Indian journal of veterinary science and animal husbandry - Volume 13,
Year: 1943
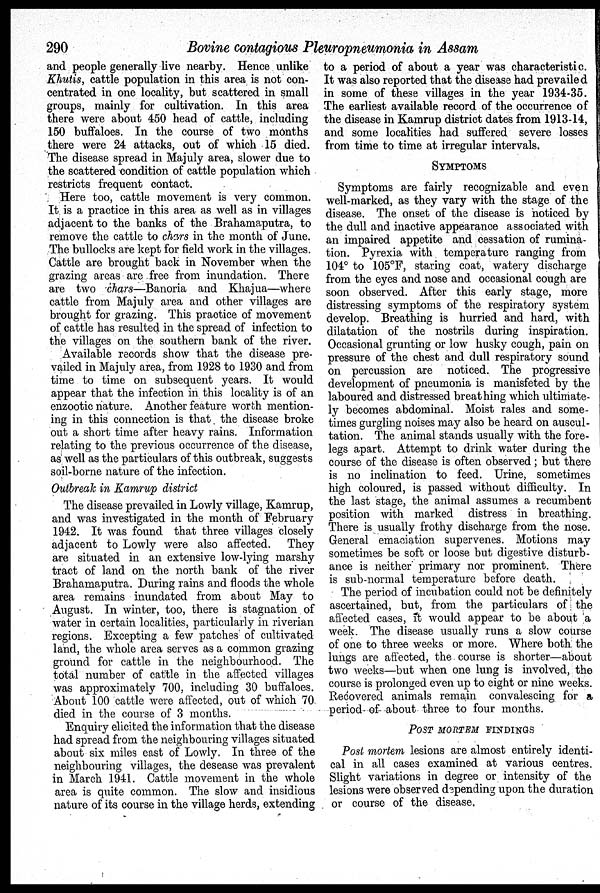
290
Bovine contagious Pleuropneumonia in Assam
and people generally live nearby. Hence unlike
Khutis, cattle population in this area is not con-
centrated in one locality, but scattered in small
groups, mainly for cultivation. In this area
there were about 450 head of cattle, including
150 buffaloes. In the course of two months
there were 24 attacks, out of which 15 died.
The disease spread in Majuly area, slower due to
the scattered condition of cattle population which
restricts frequent contact.
Here too, cattle movement is very common.
It is a practice in this area as well as in villages
adjacent to the banks of the Brahamaputra, to
remove the cattle to chars in the month of June.
The bullocks are kept for field work in the villages.
Cattle are brought back in November when the
grazing areas are free from inundation. There
are two chars—Banoria and Khajua—where
cattle from Majuly area and other villages are
brought for grazing. This practice of movement
of cattle has resulted in the spread of infection to
the villages on the southern bank of the river.
Available records show that the disease pre-
vailed in Majuly area, from 1928 to 1930 and from
time to time on subsequent years. It would
appear that the infection in this locality is of an
enzootic nature. Another feature worth mention-
ing in this connection is that the disease broke
out a short time after heavy rains. Information
relating to the previous occurrence of the disease,
as well as the particulars of this outbreak, suggests
soil-borne nature of the infection.
Outbreak in Kamrup district
The disease prevailed in Lowly village, Kamrup,
and was investigated in the month of February
1942. It was found that three villages closely
adjacent to Lowly were also affected.
They
are situated in an extensive low-lying marshy
tract of land on the north bank of the river
Brahamaputra. During rains and floods the whole
area remains inundated from about May to
August. In winter, too, there is stagnation of
water in certain localities, particularly in riverian
regions. Excepting a few patches of cultivated
land, the whole area serves as a common grazing
ground for cattle in the neighbourhood. The
total number of cattle in the affected villages
was approximately 700, including 30 buffaloes.
About 100 cattle were affected, out of which 70
died in the course of 3 months.
Enquiry elicited the information that the disease
had spread from the neighbouring villages situated
about six miles east of Lowly. In three of the
neighbouring villages, the desease was prevalent
in March 1941. Cattle movement in the whole
area is quite common. The slow and insidious
nature of its course in the village herds, extending
to a period of about a year was characteristic.
It was also reported that the disease had prevailed
in some of these villages in the year 1934-35.
The earliest available record of the occurrence of
the disease in Kamrup district dates from 1913-14,
and some localities had suffered severe losses
from time to time at irregular intervals.
SYMPTOMS
Symptoms are fairly recognizable and even
well-marked, as they vary with the stage of the
disease. The onset of the disease is noticed by
the dull and inactive appearance associated with
an impaired appetite and cessation of rumina-
tion. Pyrexia with temperature ranging from
104° to 105°F, staring coat, watery discharge
from the eyes and nose and occasional cough are
soon observed. After this early stage, more
distressing symptoms of the respiratory system
develop. Breathing is hurried and hard, with
dilatation of the nostrils during inspiration.
Occasional grunting or low husky cough, pain on
pressure of the chest and dull respiratory sound
on percussion are noticed. The progressive
development of pneumonia is manisfeted by the
laboured and distressed breathing which ultimate-
ly becomes abdominal. Moist rales and some-
times gurgling noises may also be heard on auscul-
tation. The animal stands usually with the fore-
legs apart. Attempt to drink water during the
course of the disease is often observed; but there
is no inclination to feed. Urine, sometimes
high coloured, is passed without difficulty. In
the last stage, the animal assumes a recumbent
position with marked distress in breathing.
There is usually frothy discharge from the nose.
General emaciation supervenes. Motions may
sometimes be soft or loose but digestive disturb-
ance is neither primary nor prominent. There
is sub-normal temperature before death.
The period of incubation could not be definitely
ascertained, but, from the particulars of the
affected cases, it would appear to be about a
week. The disease usually runs a slow course
of one to three weeks or more. Where both the
lungs are affected, the course is shorter—about
two weeks—but when one lung is involved, the
course is prolonged even up to eight or nine weeks.
Recovered animals remain convalescing for a
period of about three to four months.
POST MORTEM FINDINGS
Post mortem lesions are almost entirely identi-
cal in all cases examined at various centres.
Slight variations in degree or intensity of the
lesions were observed depending upon the duration
or course of the disease.